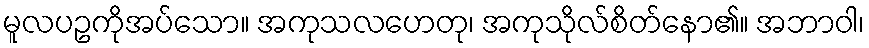
မူလပဥကိုအပ်သော။ အကုသလဟေတု၊ အကုသိုလ်စိတ်နော၏။ အဘာဝါ၊